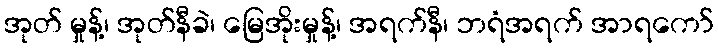
အုတ် မှုန့်၊ အုတ်နီခဲ၊ မြေအိုးမှုန့်၊ အရက်နီ၊ ဘရံအရက် အာရကော်